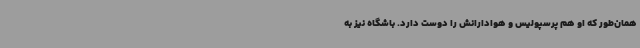
همان‌طور که او هم پرسپولیس و هوادارانش را دوست دارد. باشگاه نیز به